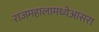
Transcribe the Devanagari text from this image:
राजमहालामध्येआसरा